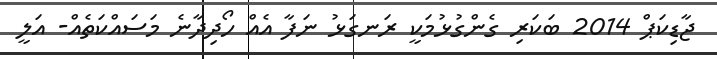
ޖާޑިކަޕް 2014 ބަކަރި ގެންގުޅުމަކީ ރަނގަޅު ނަފާ އެއް ހޯދިދާނެ މަސައްކަތެއް- އަލީ